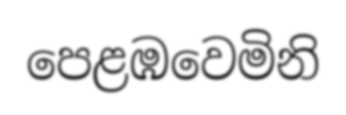
පෙළඹවෙමිනි